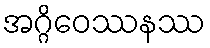
အဂ္ဂိဝေဿနဿ